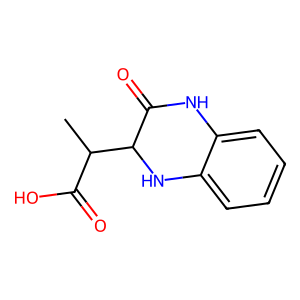
SMILES: CC(C(=O)O)C1Nc2ccccc2NC1=O
Inhibits HIV replication: No